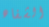
الشفاه